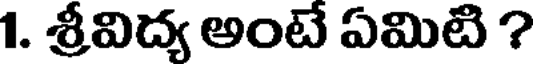
1. శ్రీవిద్య అంటే ఏమిటి ?